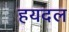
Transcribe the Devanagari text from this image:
हयदल